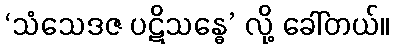
‘သံသေဒဇ ပဋိသန္ဓေ’ လို့ ခေါ်တယ်။